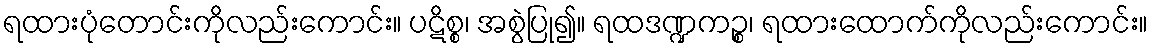
ရထားပုံတောင်းကိုလည်းကောင်း။ ပဋိစ္စ၊ အစွဲပြု၍။ ရထဒဏ္ဍကဉ္စ၊ ရထားထောက်ကိုလည်းကောင်း။